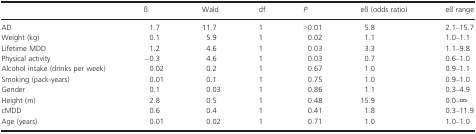
<table><thead><tr><td></td><td><b>ß</b></td><td><b>Wald</b></td><td><b>df</b></td><td><b><i>P</i></b></td><td><b>eß (odds ratio)</b></td><td><b>eß range</b></td></tr></thead><tbody><tr><td>AD</td><td>1.7</td><td>11.7</td><td>1</td><td>&gt;0.01</td><td>5.8</td><td>2.1–15.7</td></tr><tr><td>Weight (kg)</td><td>0.1</td><td>5.9</td><td>1</td><td>0.02</td><td>1.1</td><td>1.0–1.1</td></tr><tr><td>Lifetime MDD</td><td>1.2</td><td>4.6</td><td>1</td><td>0.03</td><td>3.3</td><td>1.1–9.8</td></tr><tr><td>Physical activity</td><td>−0.3</td><td>4.6</td><td>1</td><td>0.03</td><td>0.7</td><td>0.6–1.0</td></tr><tr><td>Alcohol intake (drinks per week)</td><td>0.02</td><td>0.2</td><td>1</td><td>0.67</td><td>1.0</td><td>0.9–1.1</td></tr><tr><td>Smoking (pack-years)</td><td>0.01</td><td>0.1</td><td>1</td><td>0.75</td><td>1.0</td><td>0.9–1.0</td></tr><tr><td>Gender</td><td>0.1</td><td>0.03</td><td>1</td><td>0.86</td><td>1.1</td><td>0.3–4.9</td></tr><tr><td>Height (m)</td><td>2.8</td><td>0.5</td><td>1</td><td>0.48</td><td>15.9</td><td>0.0–∞</td></tr><tr><td>cMDD</td><td>0.6</td><td>0.4</td><td>1</td><td>0.41</td><td>1.8</td><td>0.3–11.9</td></tr><tr><td>Age (years)</td><td>0.01</td><td>0.02</td><td>1</td><td>0.71</td><td>1.0</td><td>1.0–1.0</td></tr></tbody></table>